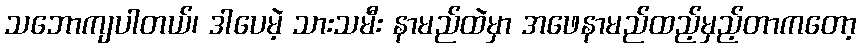
သဘောကျပါတယ်၊ ဒါပေမဲ့ သားသမီး နာမည်ထဲမှာ အဖေနာမည်ထည့်မှည့်တာကတော့